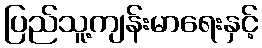
ပြည်သူ့ကျန်းမာရေးနှင့်